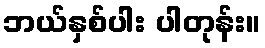
ဘယ်နှစ်ပါး ပါတုန်း။